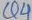
Text: Q4